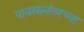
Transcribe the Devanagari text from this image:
पावसानंतरच्या